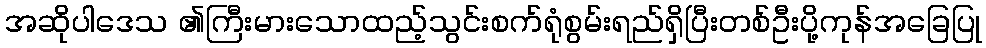
အဆိုပါဒေသ ၏ကြီးမားသောထည့်သွင်းစက်ရုံစွမ်းရည်ရှိပြီးတစ်ဦးပို့ကုန်အခြေပြု